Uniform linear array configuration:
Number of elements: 8
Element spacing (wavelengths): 1
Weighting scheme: exponential
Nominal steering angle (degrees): -30
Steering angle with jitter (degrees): -29.14
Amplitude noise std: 0.05
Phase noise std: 0.05

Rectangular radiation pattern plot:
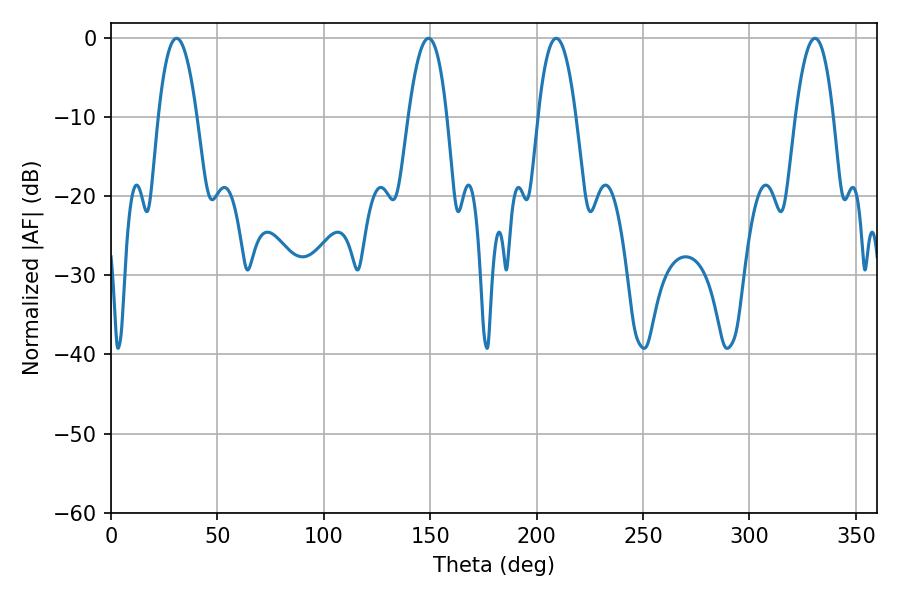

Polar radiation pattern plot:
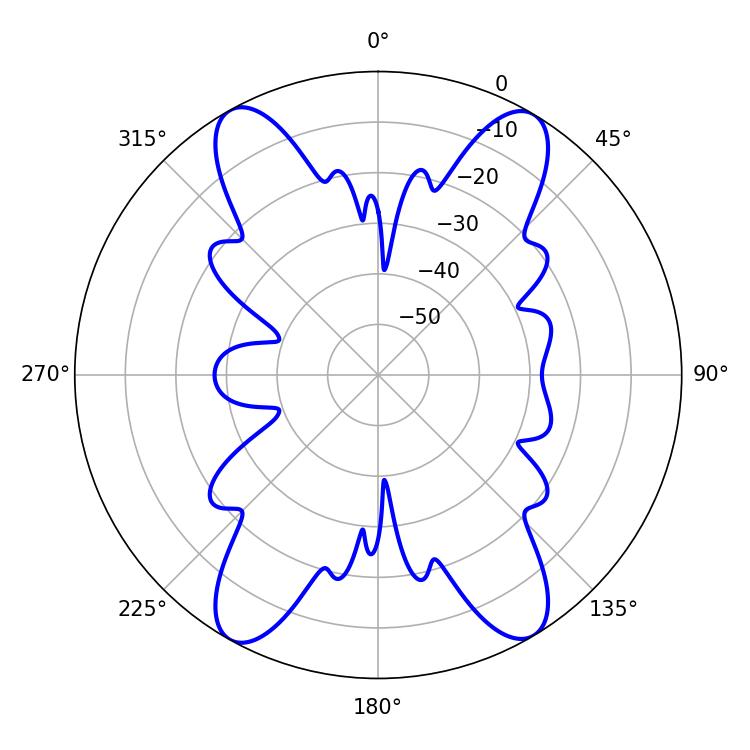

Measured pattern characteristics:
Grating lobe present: TRUE
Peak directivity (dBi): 21.47
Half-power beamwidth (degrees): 10.08
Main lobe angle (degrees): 30.78